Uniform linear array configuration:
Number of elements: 48
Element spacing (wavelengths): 1
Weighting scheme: hamming
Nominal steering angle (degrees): -15
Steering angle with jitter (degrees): -15.655
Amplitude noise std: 0.05
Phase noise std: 0.05

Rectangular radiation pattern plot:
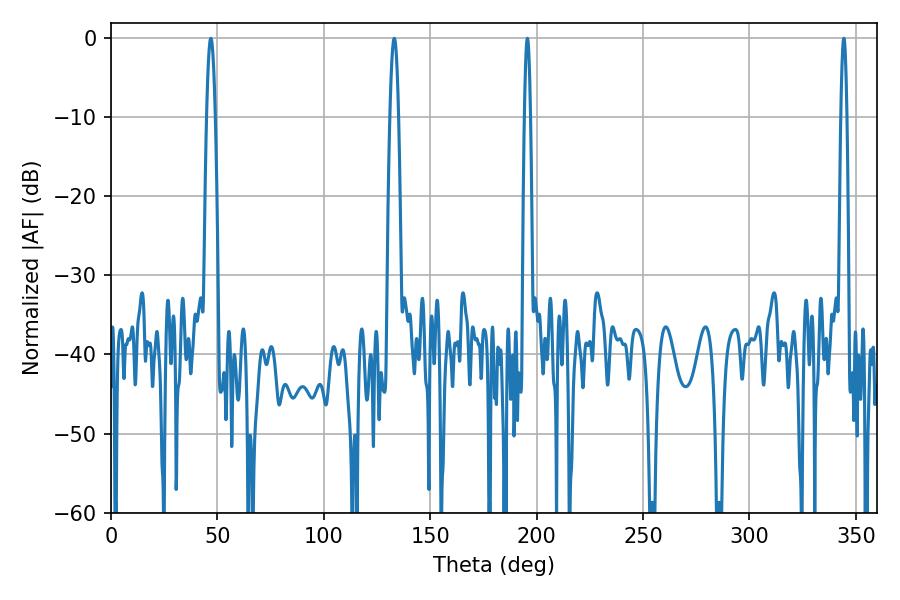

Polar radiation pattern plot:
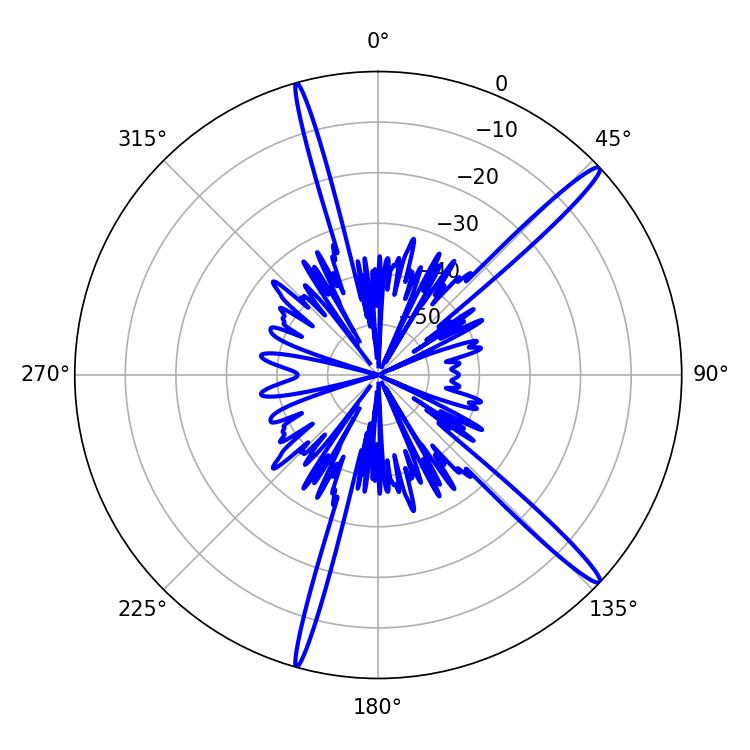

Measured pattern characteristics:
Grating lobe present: TRUE
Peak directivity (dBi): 16.374
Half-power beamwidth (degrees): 1.44
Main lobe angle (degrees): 195.66